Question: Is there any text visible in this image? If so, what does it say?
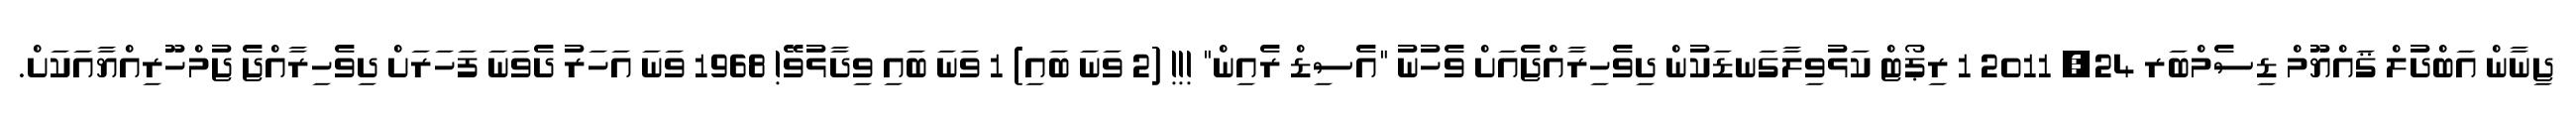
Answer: ޖިނާން އަބްދުލް ޤައްޔޫމް ޑިސެމްބަރ 24, 2011 1 ރިޕޯޓް ކަޅުވިލާގަނޑަކުން ދިވެހިރާއްޖެއަށް ވެހުނު "އެސިޑް ރެއިން" !!! (2 ވަނަ ބައި) 1 ވަނަ ބައި ވިދާޅުވޭ! 1968 ވަނަ އަހަރު ދެވަނަ ފަހަރަށް ދިވެހިރާއްޖެ ޖުމްހޫރިއްޔާއަކަށް.